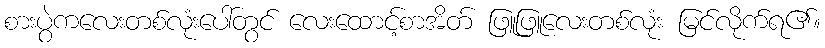
စားပွဲကလေးတစ်လုံးပေါ်တွင် လေးထောင့်စာအိတ် ဖြူဖြူလေးတစ်လုံး မြင်လိုက်ရ၏။